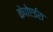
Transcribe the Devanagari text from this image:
केपोएईरा